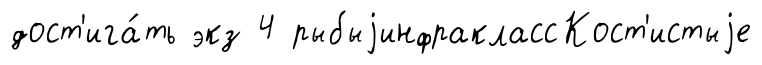
дост'ига́ть экз 4 рыбыjинфраклассКост'истыjе